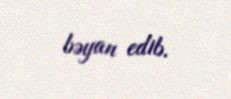
bəyan edib.